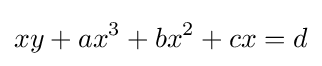
xy+ax^{3}+bx^{2}+cx=d